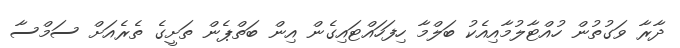
ދާރާ ވަގުތުން ހުއްޓާލުމާއިއެކު ބަލްމާ ހިފަހައްޓައިގެން އިން ބަތްޕެން ތަށީގެ ތެރެއަށް ސަމްސާ